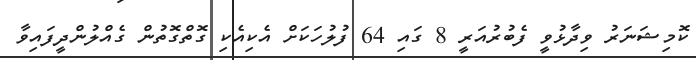
ކޮމިޝަނަރު ވިދާޅުވީ ފެބުރުއަރީ 8 ގައި 64 ފުލުހަކަށް އެކިއެކި ގޮތްގޮތުން ގެއްލުންދީފައިވާ